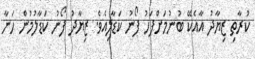
ކުރާތި ޒިޔާދު އާއެކޭ ބުނުމަށްފަހު ފޯނު ކަޑާލިއެވެ. ޒިޔާދު ފޯނު ކަޑާލުމުން ހަނާ